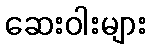
ဆေးဝါးများ